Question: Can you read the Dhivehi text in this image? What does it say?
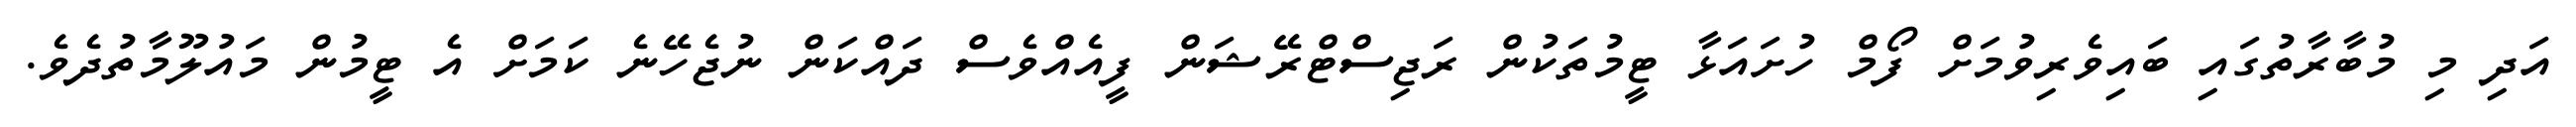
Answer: އަދި މި މުބާރާތުގައި ބައިވެރިވުމަށް ފޯމް ހުށައަޅާ ޓީމުތަކުން ރަޖިސްޓްރޭޝަން ފީއެއްވެސް ދައްކަން ނުޖެހޭނެ ކަމަށް އެ ޓީމުން މައުލޫމާތުދެވެ.